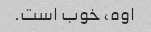
اوه، خوب است.